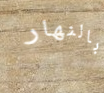
بالنهار